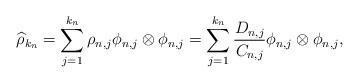
LaTeX: \begin{align*}\widehat{\rho}_{k_n} = \displaystyle \sum_{j=1}^{k_n} \rho_{n,j} \phi_{n,j} \otimes \phi_{n,j} = \displaystyle \sum_{j=1}^{k_n} \frac{D_{n,j}}{C_{n,j}} \phi_{n,j} \otimes \phi_{n,j}, \end{align*}